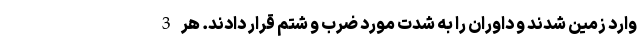
وارد زمین شدند و داوران را به شدت مورد ضرب و شتم قرار دادند. هر 3